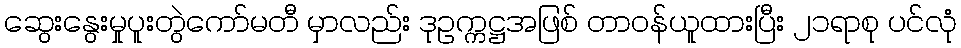
ဆွေးနွေးမှုပူးတွဲကော်မတီ မှာလည်း ဒုဥက္ကဋ္ဌအဖြစ် တာဝန်ယူထားပြီး ၂၁ရာစု ပင်လုံ